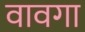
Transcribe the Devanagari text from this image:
वावगा